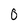
Character: 0